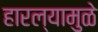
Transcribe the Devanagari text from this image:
हारल्यामुळे